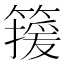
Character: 𬕯